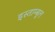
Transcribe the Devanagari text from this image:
इस्ताम्बूल